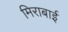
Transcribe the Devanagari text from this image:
मिराबाई